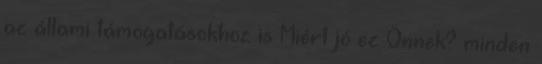
az állami támogatásokhoz is Miért jó ez Önnek? minden